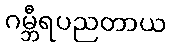
ဂမ္ဘီရပညတာယ